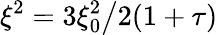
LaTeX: \xi^{2}=3\xi_{0}^{2}\big/2(1+\tau)